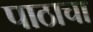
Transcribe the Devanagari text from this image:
पाठाचा